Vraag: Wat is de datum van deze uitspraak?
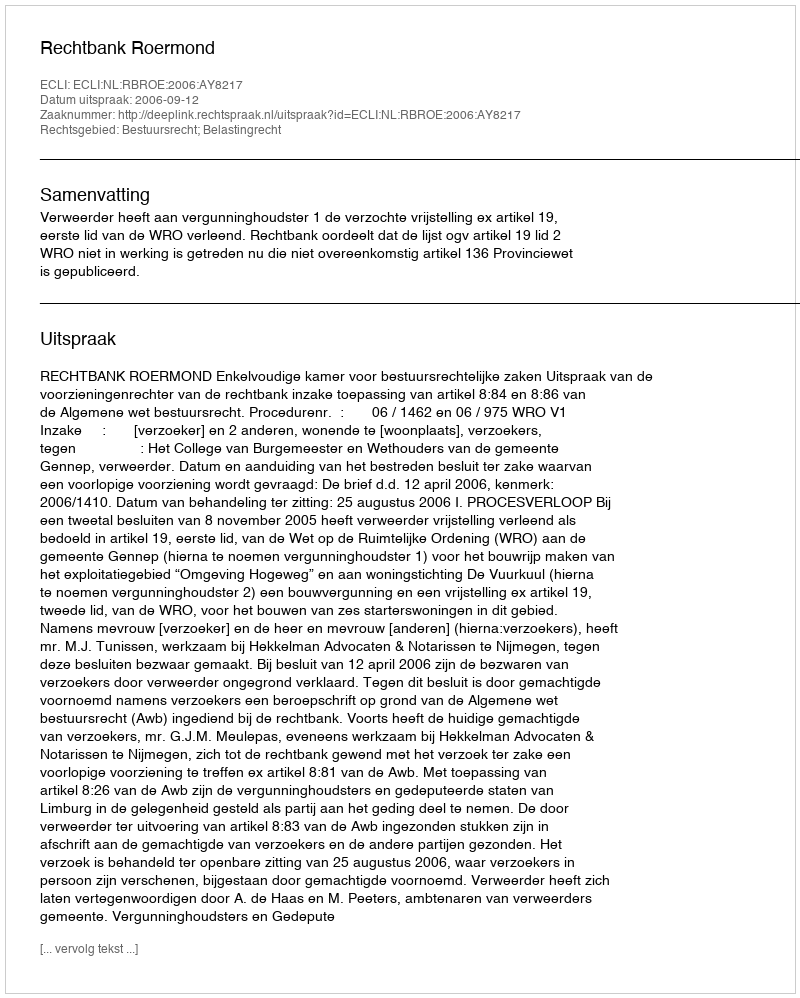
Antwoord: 2006-09-12